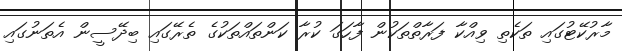
މާރުކޭޓުގައި ތަކެތި ވިއްކާ ފަރާތްތަކުން ފާހަގަ ކުރާ ކަންތައްތަކުގެ ތެރޭގައި ބިދޭސީން އެތަނުގައި